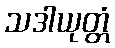
သဒါယုတ္တံ